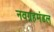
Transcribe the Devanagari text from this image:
नवग्रहमंडल